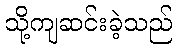
သို့ကျဆင်းခဲ့သည်